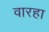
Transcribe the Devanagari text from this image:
वारहा